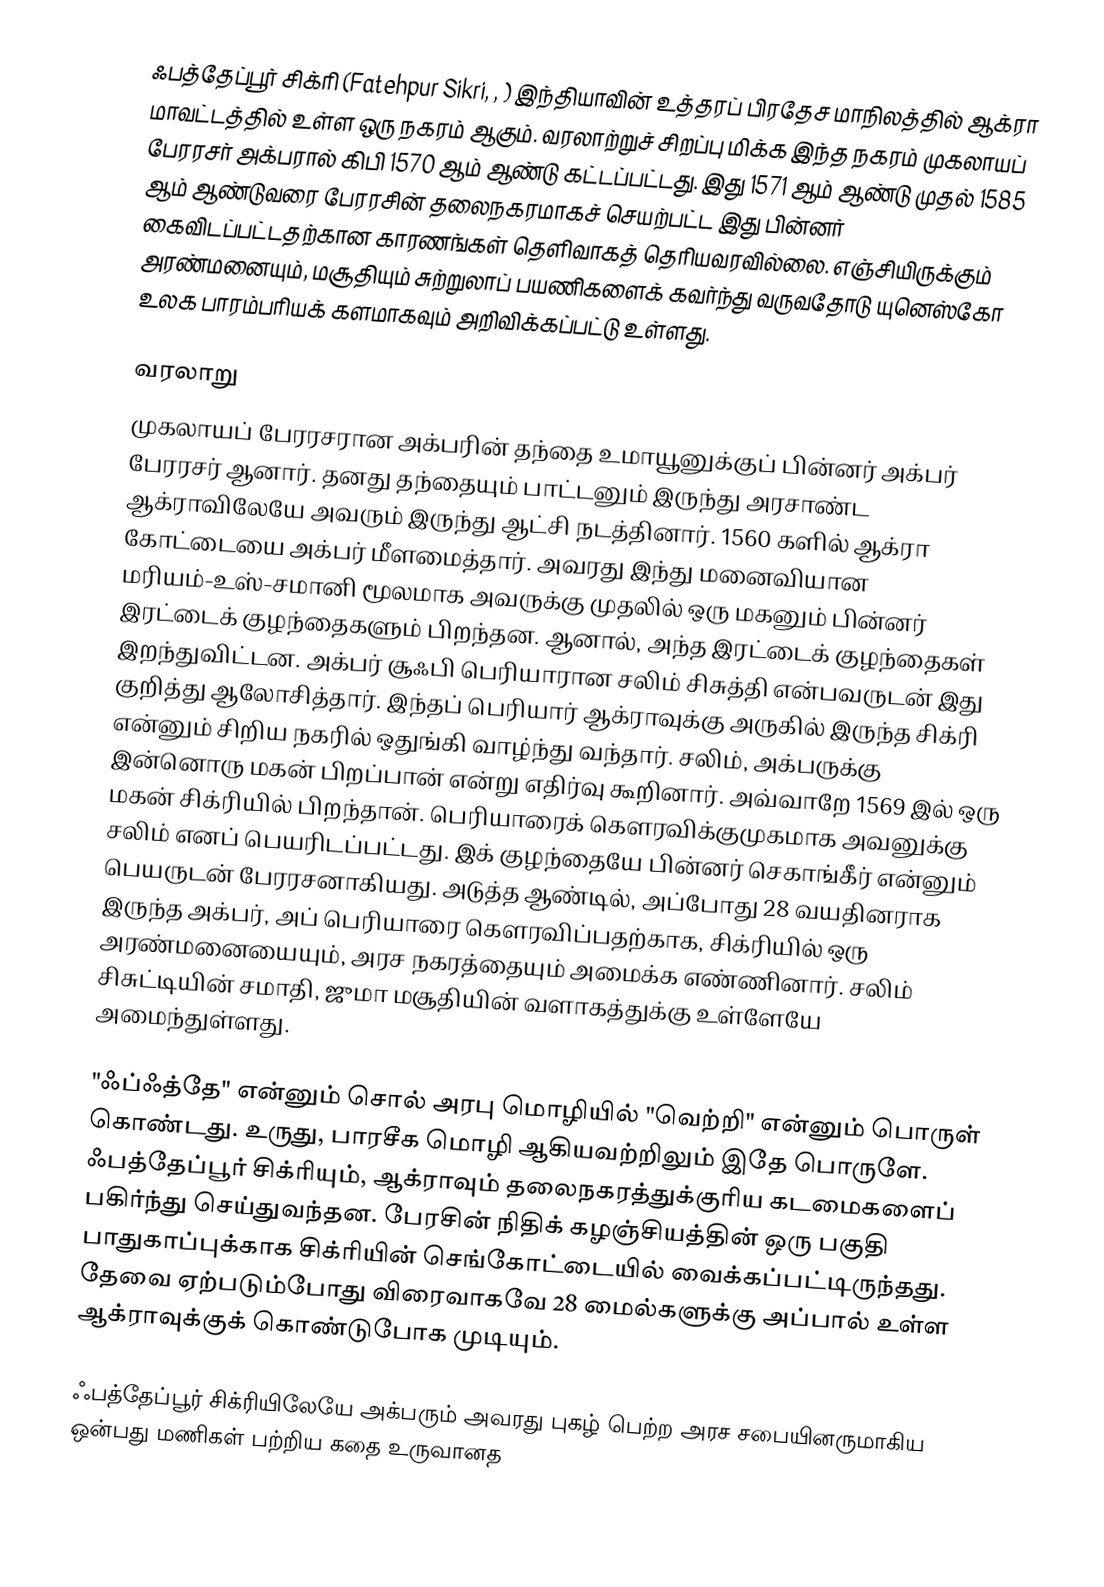
ஃபத்தேப்பூர் சிக்ரி (Fatehpur Sikri, , ) இந்தியாவின் உத்தரப் பிரதேச மாநிலத்தில் ஆக்ரா மாவட்டத்தில் உள்ள ஒரு நகரம் ஆகும். வரலாற்றுச் சிறப்பு மிக்க இந்த நகரம் முகலாயப் பேரரசர் அக்பரால் கிபி 1570 ஆம் ஆண்டு கட்டப்பட்டது. இது 1571 ஆம் ஆண்டு முதல் 1585 ஆம் ஆண்டுவரை பேரரசின் தலைநகரமாகச் செயற்பட்ட இது பின்னர் கைவிடப்பட்டதற்கான காரணங்கள் தெளிவாகத் தெரியவரவில்லை. எஞ்சியிருக்கும் அரண்மனையும், மசூதியும் சுற்றுலாப் பயணிகளைக் கவர்ந்து வருவதோடு யுனெஸ்கோ உலக பாரம்பரியக் களமாகவும் அறிவிக்கப்பட்டு உள்ளது.

வரலாறு
முகலாயப் பேரரசரான அக்பரின் தந்தை உமாயூனுக்குப் பின்னர் அக்பர் பேரரசர் ஆனார். தனது தந்தையும் பாட்டனும் இருந்து அரசாண்ட ஆக்ராவிலேயே அவரும் இருந்து ஆட்சி நடத்தினார். 1560 களில் ஆக்ரா கோட்டையை அக்பர் மீளமைத்தார். அவரது இந்து மனைவியான மரியம்-உஸ்-சமானி மூலமாக அவருக்கு முதலில் ஒரு மகனும் பின்னர் இரட்டைக் குழந்தைகளும் பிறந்தன. ஆனால், அந்த இரட்டைக் குழந்தைகள் இறந்துவிட்டன. அக்பர் சூஃபி பெரியாரான சலிம் சிசுத்தி என்பவருடன் இது குறித்து ஆலோசித்தார். இந்தப் பெரியார் ஆக்ராவுக்கு அருகில் இருந்த சிக்ரி என்னும் சிறிய நகரில் ஒதுங்கி வாழ்ந்து வந்தார். சலிம், அக்பருக்கு இன்னொரு மகன் பிறப்பான் என்று எதிர்வு கூறினார். அவ்வாறே 1569 இல் ஒரு மகன் சிக்ரியில் பிறந்தான். பெரியாரைக் கௌரவிக்குமுகமாக அவனுக்கு சலிம் எனப் பெயரிடப்பட்டது. இக் குழந்தையே பின்னர் செகாங்கீர் என்னும் பெயருடன் பேரரசனாகியது. அடுத்த ஆண்டில், அப்போது 28 வயதினராக இருந்த அக்பர், அப் பெரியாரை கௌரவிப்பதற்காக, சிக்ரியில் ஒரு அரண்மனையையும், அரச நகரத்தையும் அமைக்க எண்ணினார். சலிம் சிசுட்டியின் சமாதி, ஜுமா மசூதியின் வளாகத்துக்கு உள்ளேயே அமைந்துள்ளது.

"ஃப்ஃத்தே" என்னும் சொல் அரபு மொழியில் "வெற்றி" என்னும் பொருள் கொண்டது. உருது, பாரசீக மொழி ஆகியவற்றிலும் இதே பொருளே. ஃபத்தேப்பூர் சிக்ரியும், ஆக்ராவும் தலைநகரத்துக்குரிய கடமைகளைப் பகிர்ந்து செய்துவந்தன. பேரசின் நிதிக் கழஞ்சியத்தின் ஒரு பகுதி பாதுகாப்புக்காக சிக்ரியின் செங்கோட்டையில் வைக்கப்பட்டிருந்தது. தேவை ஏற்படும்போது விரைவாகவே 28 மைல்களுக்கு அப்பால் உள்ள ஆக்ராவுக்குக் கொண்டுபோக முடியும்.

ஃபத்தேப்பூர் சிக்ரியிலேயே அக்பரும் அவரது புகழ் பெற்ற அரச சபையினருமாகிய ஒன்பது மணிகள் பற்றிய கதை உருவானத